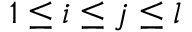
1 \leq i \leq j \leq l